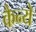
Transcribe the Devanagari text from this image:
कैन्ये